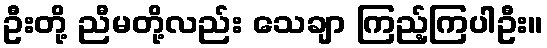
ဦးတို့ ညီမတို့လည်း သေချာ ကြည့်ကြပါဦး။